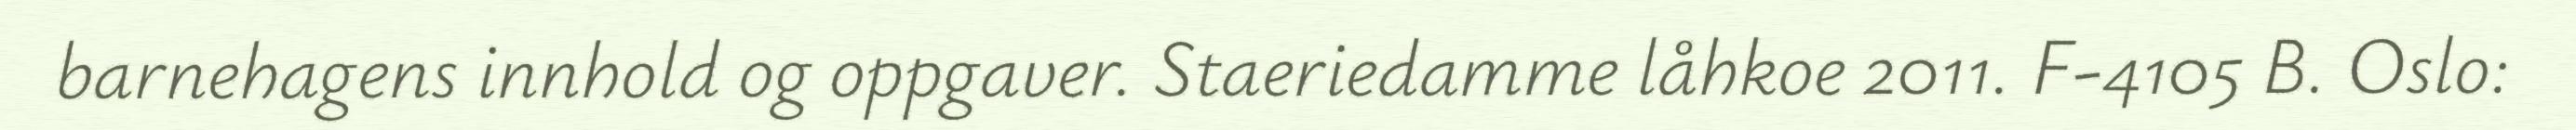
barnehagens innhold og oppgaver. Staeriedamme låhkoe 2011. F-4105 B. Oslo: